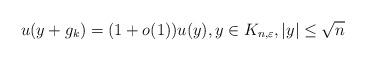
LaTeX: \begin{align*}u(y+g_k)=(1+o(1)) u(y), y\in K_{n,\varepsilon}, |y|\le\sqrt{n}\end{align*}